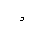
Letter: _waw